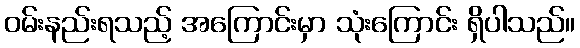
ဝမ်းနည်းရသည့် အကြောင်းမှာ သုံးကြောင်း ရှိပါသည်။